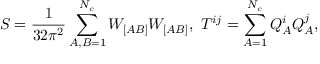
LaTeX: S = \frac { 1 } { 3 2 \pi ^ { 2 } } \sum _ { A , B = 1 } ^ { N _ { c } } W _ { [ A B ] } W _ { [ A B ] } , \ T ^ { i j } = \sum _ { A = 1 } ^ { N _ { c } } Q _ { A } ^ { i } Q _ { A } ^ { j } ,